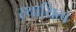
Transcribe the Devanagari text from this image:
स्थायित्‍व